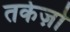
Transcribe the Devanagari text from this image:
तकेज़ो